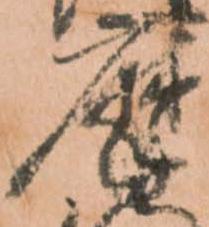
摩